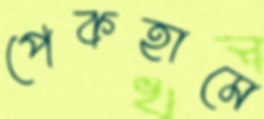
পেকহামে